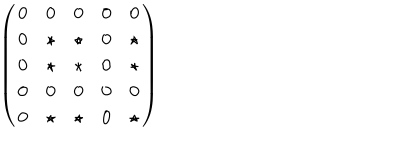
LaTeX: \left( \begin{matrix} { { 0 } } & { { 0 } } & { { 0 } } & { { 0 } } & { { 0 } } \\ { { 0 } } & { { \star } } & { { \star } } & { { 0 } } & { { \star } } \\ { { 0 } } & { { \star } } & { { \star } } & { { 0 } } & { { \star } } \\ { { 0 } } & { { 0 } } & { { 0 } } & { { 0 } } & { { 0 } } \\ { { 0 } } & { { \star } } & { { \star } } & { { 0 } } & { { \star } } \\ \end{matrix} \right)